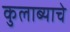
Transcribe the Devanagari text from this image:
कुलाब्याचे